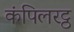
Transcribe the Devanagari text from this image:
कंपिलरट्ठ